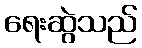
ရေးဆွဲသည်